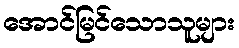
အောင်မြင်သောသူများ